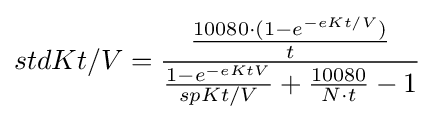
stdKt/V={\frac {\frac {10080\cdot (1-e^{-eKt/V})}{t}}{{\frac {1-e^{-eKtV}}{spKt/V}}+{\frac {10080}{N\cdot t}}-1}}